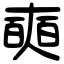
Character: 奭